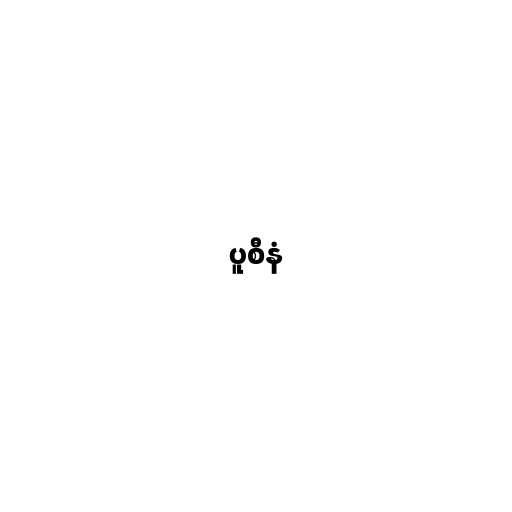
ပူစီနံ